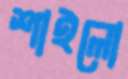
শাইলো